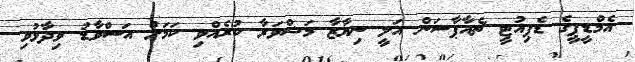
އެމްޑީޕީގެ ޑެޕިއުޓީ ޗެއާޕާސަން އަލީ ނިޔާޒާ މަޝްވަރާ ކުރެއްވި ކަމަށް އަސްވާޑު ވިދާޅުވި